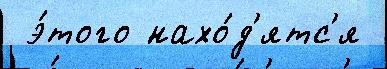
 э́того нахо́д'ятс'я